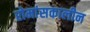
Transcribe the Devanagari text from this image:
रोमांसकालीन